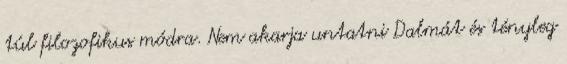
túl filozofikus módra. Nem akarja untatni Dalmát és tényleg